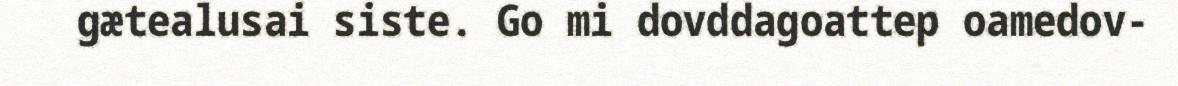
gætealusai siste. Go mi dovddagoattep oamedov-